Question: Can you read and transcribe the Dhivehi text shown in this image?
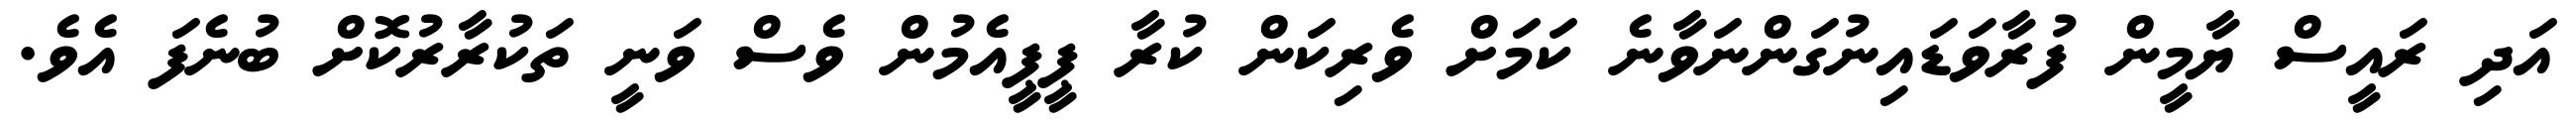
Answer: އަދި ރައީސް ޔާމީން ފުރާވަޑައިނުގަންނަވާނެ ކަމަށް ވެރިކަން ކުރާ ޕީޕީއެމުން ވެސް ވަނީ ތަކުރާރުކޮށް ބުނެފަ އެވެ.